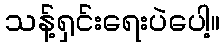
သန့်ရှင်းရေးပဲပေါ့။